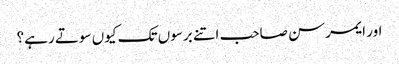
اور ایمرسن صاحب اتنے برسوں تک کیوں سوتے رہے؟